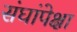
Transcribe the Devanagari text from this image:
संघांपेक्षा